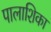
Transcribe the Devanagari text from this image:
पालाशिका